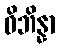
ဝိဘိန္နာ